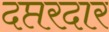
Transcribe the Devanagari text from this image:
दप्तरदार